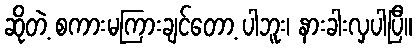
ဆိုတဲ့ စကားမကြားချင်တော့ ပါဘူး၊ နားခါးလှပါပြီ။